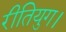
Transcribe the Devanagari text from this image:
रीतियुग।